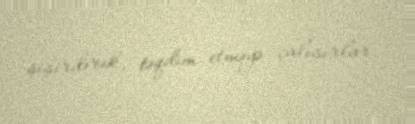
şişirdərək, təqdim etməyə çalışırlar.